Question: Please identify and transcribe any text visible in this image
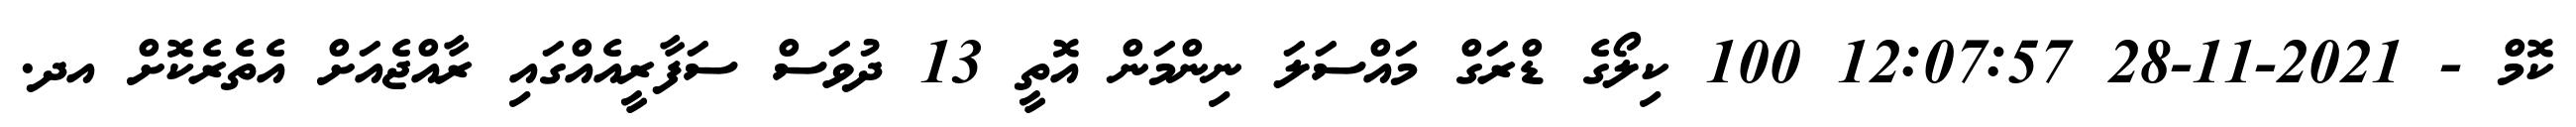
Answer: ކޮމް - 2021-11-28 12:07:57 100 ކިލޯގެ ޑްރަގް މައްސަލަ ނިންމަން އޮތީ 13 ދުވަސް ސަފާރީއެއްގައި ރާއްޖެއަށް އެތެރެކޮށް އދ.